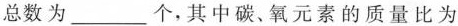
总数为___个，其中碳、氧元素的质量比为